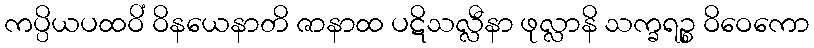
ကပ္ပိယပထဝိံ ဝိနယေနာတိ ဇာနာထ ပဋိသလ္လီနာ ဖုလ္လာနိ သက္ခရဉ္စ ဝိဝေကော